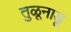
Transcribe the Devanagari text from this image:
तुळूनाडू